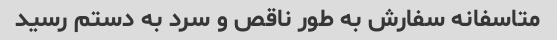
متاسفانه سفارش به طور ناقص و سرد به دستم رسید